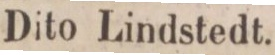
Dito Lindstedt.